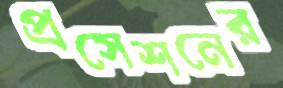
প্রসেশনের